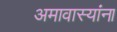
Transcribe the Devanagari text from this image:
अमावास्यांना